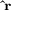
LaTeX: \scriptstyle \mathbf { \hat { r } }